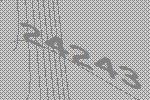
24243